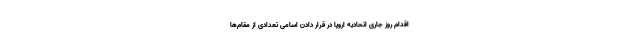
اقدام روز جاری اتحادیه اروپا در قرار دادن اسامی تعدادی از مقام‌ها